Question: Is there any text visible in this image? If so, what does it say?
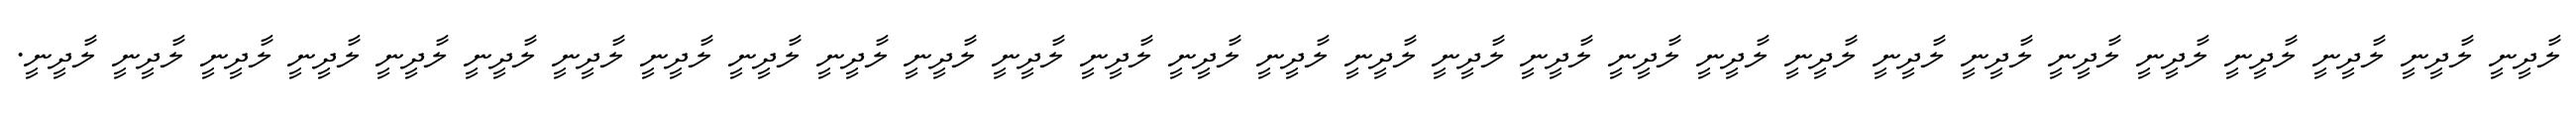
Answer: ލާދީނީ ލާދީނީ ލާދީނީ ލާދީނީ ލާދީނީ ލާދީނީ ލާދީނީ ލާދީނީ ލާދީނީ ލާދީނީ ލާދީނީ ލާދީނީ ލާދީނީ ލާދީނީ ލާދީނީ ލާދީނީ ލާދީނީ ލާދީނީ ލާދީނީ ލާދީނީ ލާދީނީ ލާދީނީ ލާދީނީ ލާދީނީ ލާދީނީ ލާދީނީ ލާދީނީ ލާދީނީ ލާދީނީ.